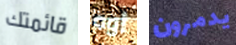
قائمتك أوه يدمرون